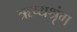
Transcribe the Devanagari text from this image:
ऋष्यश्रृंग